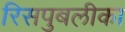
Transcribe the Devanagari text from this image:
रिसपुबलीका